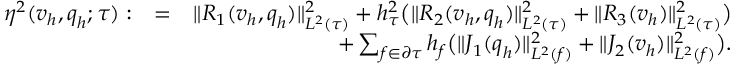
\begin{array} { r l r } { \eta ^ { 2 } ( \boldsymbol { v } _ { h } , \boldsymbol { q } _ { h } ; \tau ) : } & { = } & { \| R _ { 1 } ( \boldsymbol { v } _ { h } , \boldsymbol { q } _ { h } ) \| _ { L ^ { 2 } ( \tau ) } ^ { 2 } + h _ { \tau } ^ { 2 } \big ( \| R _ { 2 } ( \boldsymbol { v } _ { h } , \boldsymbol { q } _ { h } ) \| _ { L ^ { 2 } ( \tau ) } ^ { 2 } + \| R _ { 3 } ( \boldsymbol { v } _ { h } ) \| _ { L ^ { 2 } ( \tau ) } ^ { 2 } \big ) } \\ & { } & { + \sum _ { f \in \partial \tau } h _ { f } \big ( \| J _ { 1 } ( \boldsymbol { q } _ { h } ) \| _ { L ^ { 2 } ( f ) } ^ { 2 } + \| J _ { 2 } ( \boldsymbol { v } _ { h } ) \| _ { L ^ { 2 } ( f ) } ^ { 2 } \big ) . } \end{array}